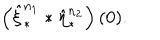
\left( \hat { \xi } _ { \ast } ^ { n _ { 1 } } \ast \hat { \eta } _ { \ast } ^ { n _ { 2 } } \right) ( 0 ) .